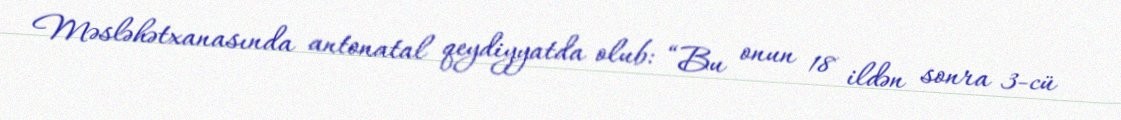
Məsləhətxanasında antonatal qeydiyyatda olub: “Bu onun 18 ildən sonra 3-cü